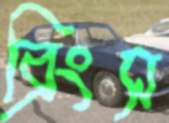
ব্রিংস